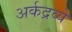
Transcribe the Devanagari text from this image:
अर्कद्रव्ये